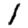
Digit: 1